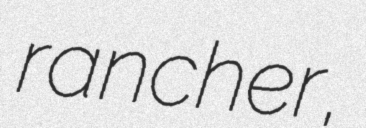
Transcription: rancher,